Leaving Certificate Examination, 1911
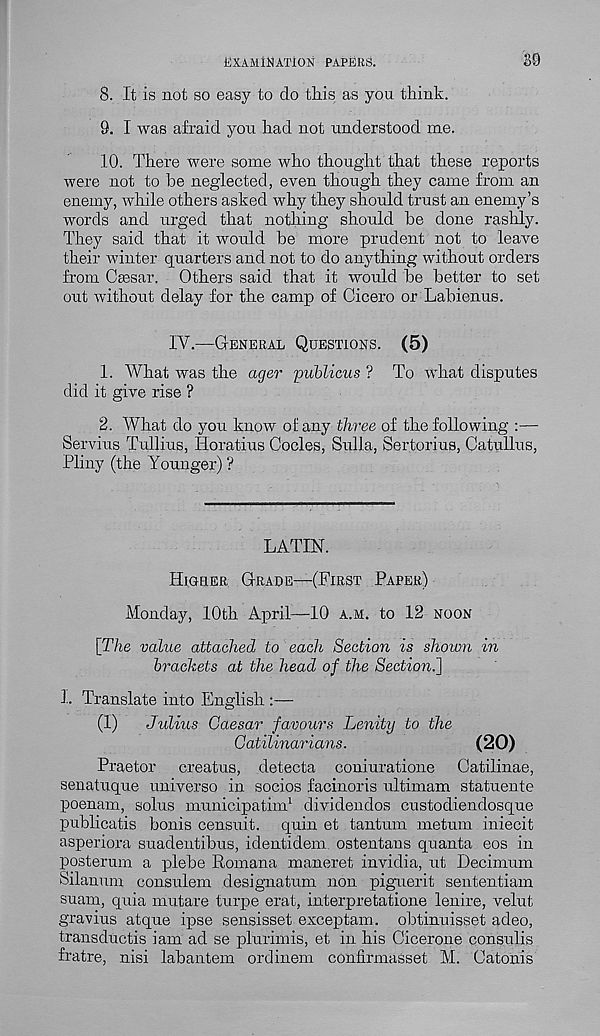
EXAMINATION PAPERS.
80
8. It is not so easy to do this as you think.
9. I was afraid you had not understood me.
10. There were some who thought that these reports
were not to he neglected, even though they came from an
enemy, while others asked why they should trust an enemy’s
words and urged that nothing should he done rashly.
They said that it would be more prudent not to leave
their winter quarters and not to do anything without orders
from Caesar. Others said that it would he better to set
out without delay for the camp of Cicero or Lahienus.
IY.—General Questions. (5)
1. What was the ager publicus ? To what disputes
did it give rise ?
2. What do you know of any three of the following :—
Serving Tullius, lioratius Codes, Sulla, Sertorius, Catullus,
Pliny (the Younger) ?
LATIN.
Higher Grade—(First Paper)
Monday, 10th April—10 a.m. to 12 noon
[The value attached to each Section is shown in
brackets at the head of the Section.]
1. Translate into English :—
(1)
Julius Caesar favours Lenity to the
Catilinarians.
(20)
Praetor creatus, detecta coniuratione Catilinae,
senatuque universe in socios facinoris ultimam statuente
poenam, solus municipatim 1 dividendos custodiendosque
publicatis bonis censuit. quin et tantum metum iniecit
asperiora suadentihus, identidem ostentans quanta eos in
posterum a plehe Romana maneret invidia, ut Decimum
Silanum consulem designatum non piguerit sententiam
suam, quia mutare turpe erat, interpretatione lenire, velut
gravius atque ipse sensisset exceptam. obtinuisset adeo,
transductis iam ad se plurimis, et in his Cicerone consulis
fratre, nisi labantem ordinem confirmasset M. Catonis